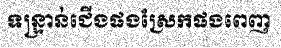
ទន្ទ្រាន់ជើងផងស្រែកផងពេញ